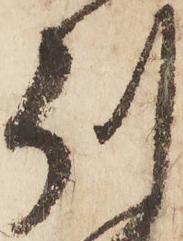
州